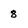
Character: 8